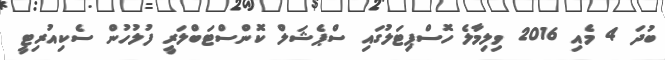
ބުދަ 4 މެއި 2016 ވިލިމާލެ ހޮސްޕިޓަލުގައި ސްޕެޝަލް ކޮންސްޓަބްލަރީ ފުލުހުން ސެކިއުރިޓީ